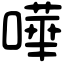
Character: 嘩